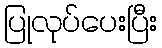
ပြုလုပ်ပေးပြီး